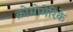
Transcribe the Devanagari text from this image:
क्रोमोमेरिके